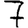
Digit: 7